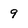
Character: 9